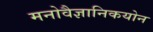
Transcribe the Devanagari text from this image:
मनोवैज्ञानिकयोन